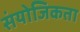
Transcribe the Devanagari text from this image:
संयोजिकता